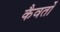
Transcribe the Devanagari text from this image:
कैवर्तों